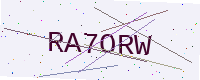
Text: RA7ORW